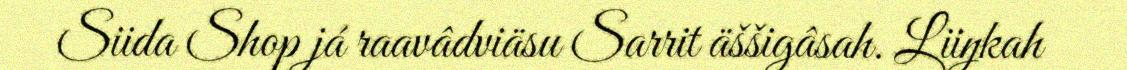
Siida Shop já raavâdviäsu Sarrit äššigâsah. Liiŋkah